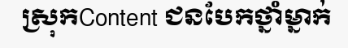
ស្រុកContent ជនបែកថ្នាំម្នាក់